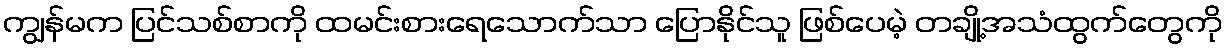
ကျွန်မက ပြင်သစ်စာကို ထမင်းစားရေသောက်သာ ပြောနိုင်သူ ဖြစ်ပေမဲ့ တချို့အသံထွက်တွေကို